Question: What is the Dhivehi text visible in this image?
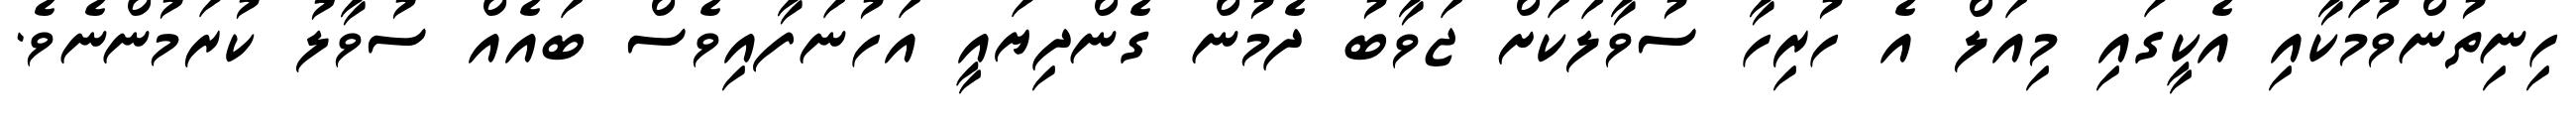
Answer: ހިނިތުންވުމަކާއި އެކީގައި މިއަލް އެ ހުރިހާ ސުވާލަކަށް ޖަވާބު ދެމުން ގެންދިޔައީ އަހުނަފާއިވެސް ބައެއް ސުވާލު ކުރަމުންނެވެ.